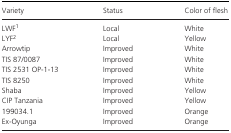
<table><thead><tr><td><b>Variety</b></td><td><b>Status</b></td><td><b>Color of flesh</b></td></tr></thead><tbody><tr><td>LWFa</td><td>Local</td><td>White</td></tr><tr><td>LYFb</td><td>Local</td><td>Yellow</td></tr><tr><td>Arrowtip</td><td>Improved</td><td>White</td></tr><tr><td>TIS 87/0087</td><td>Improved</td><td>White</td></tr><tr><td>TIS 2531 OP‐1‐13</td><td>Improved</td><td>White</td></tr><tr><td>TIS 8250</td><td>Improved</td><td>White</td></tr><tr><td>Shaba</td><td>Improved</td><td>Yellow</td></tr><tr><td>CIP Tanzania</td><td>Improved</td><td>Yellow</td></tr><tr><td>199034.1</td><td>Improved</td><td>Orange</td></tr><tr><td>Ex‐Oyunga</td><td>Improved</td><td>Orange</td></tr></tbody></table>